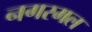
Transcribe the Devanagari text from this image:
नगरमल